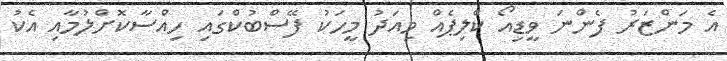
އެ މަންޒަރު ފެންނަ ވީޑިއޯ ކްލިޕެއް މިއަދު މީހަކު ފޭސްބުކްގައި ހިއްސާކޮށްލުމާއި އެކު